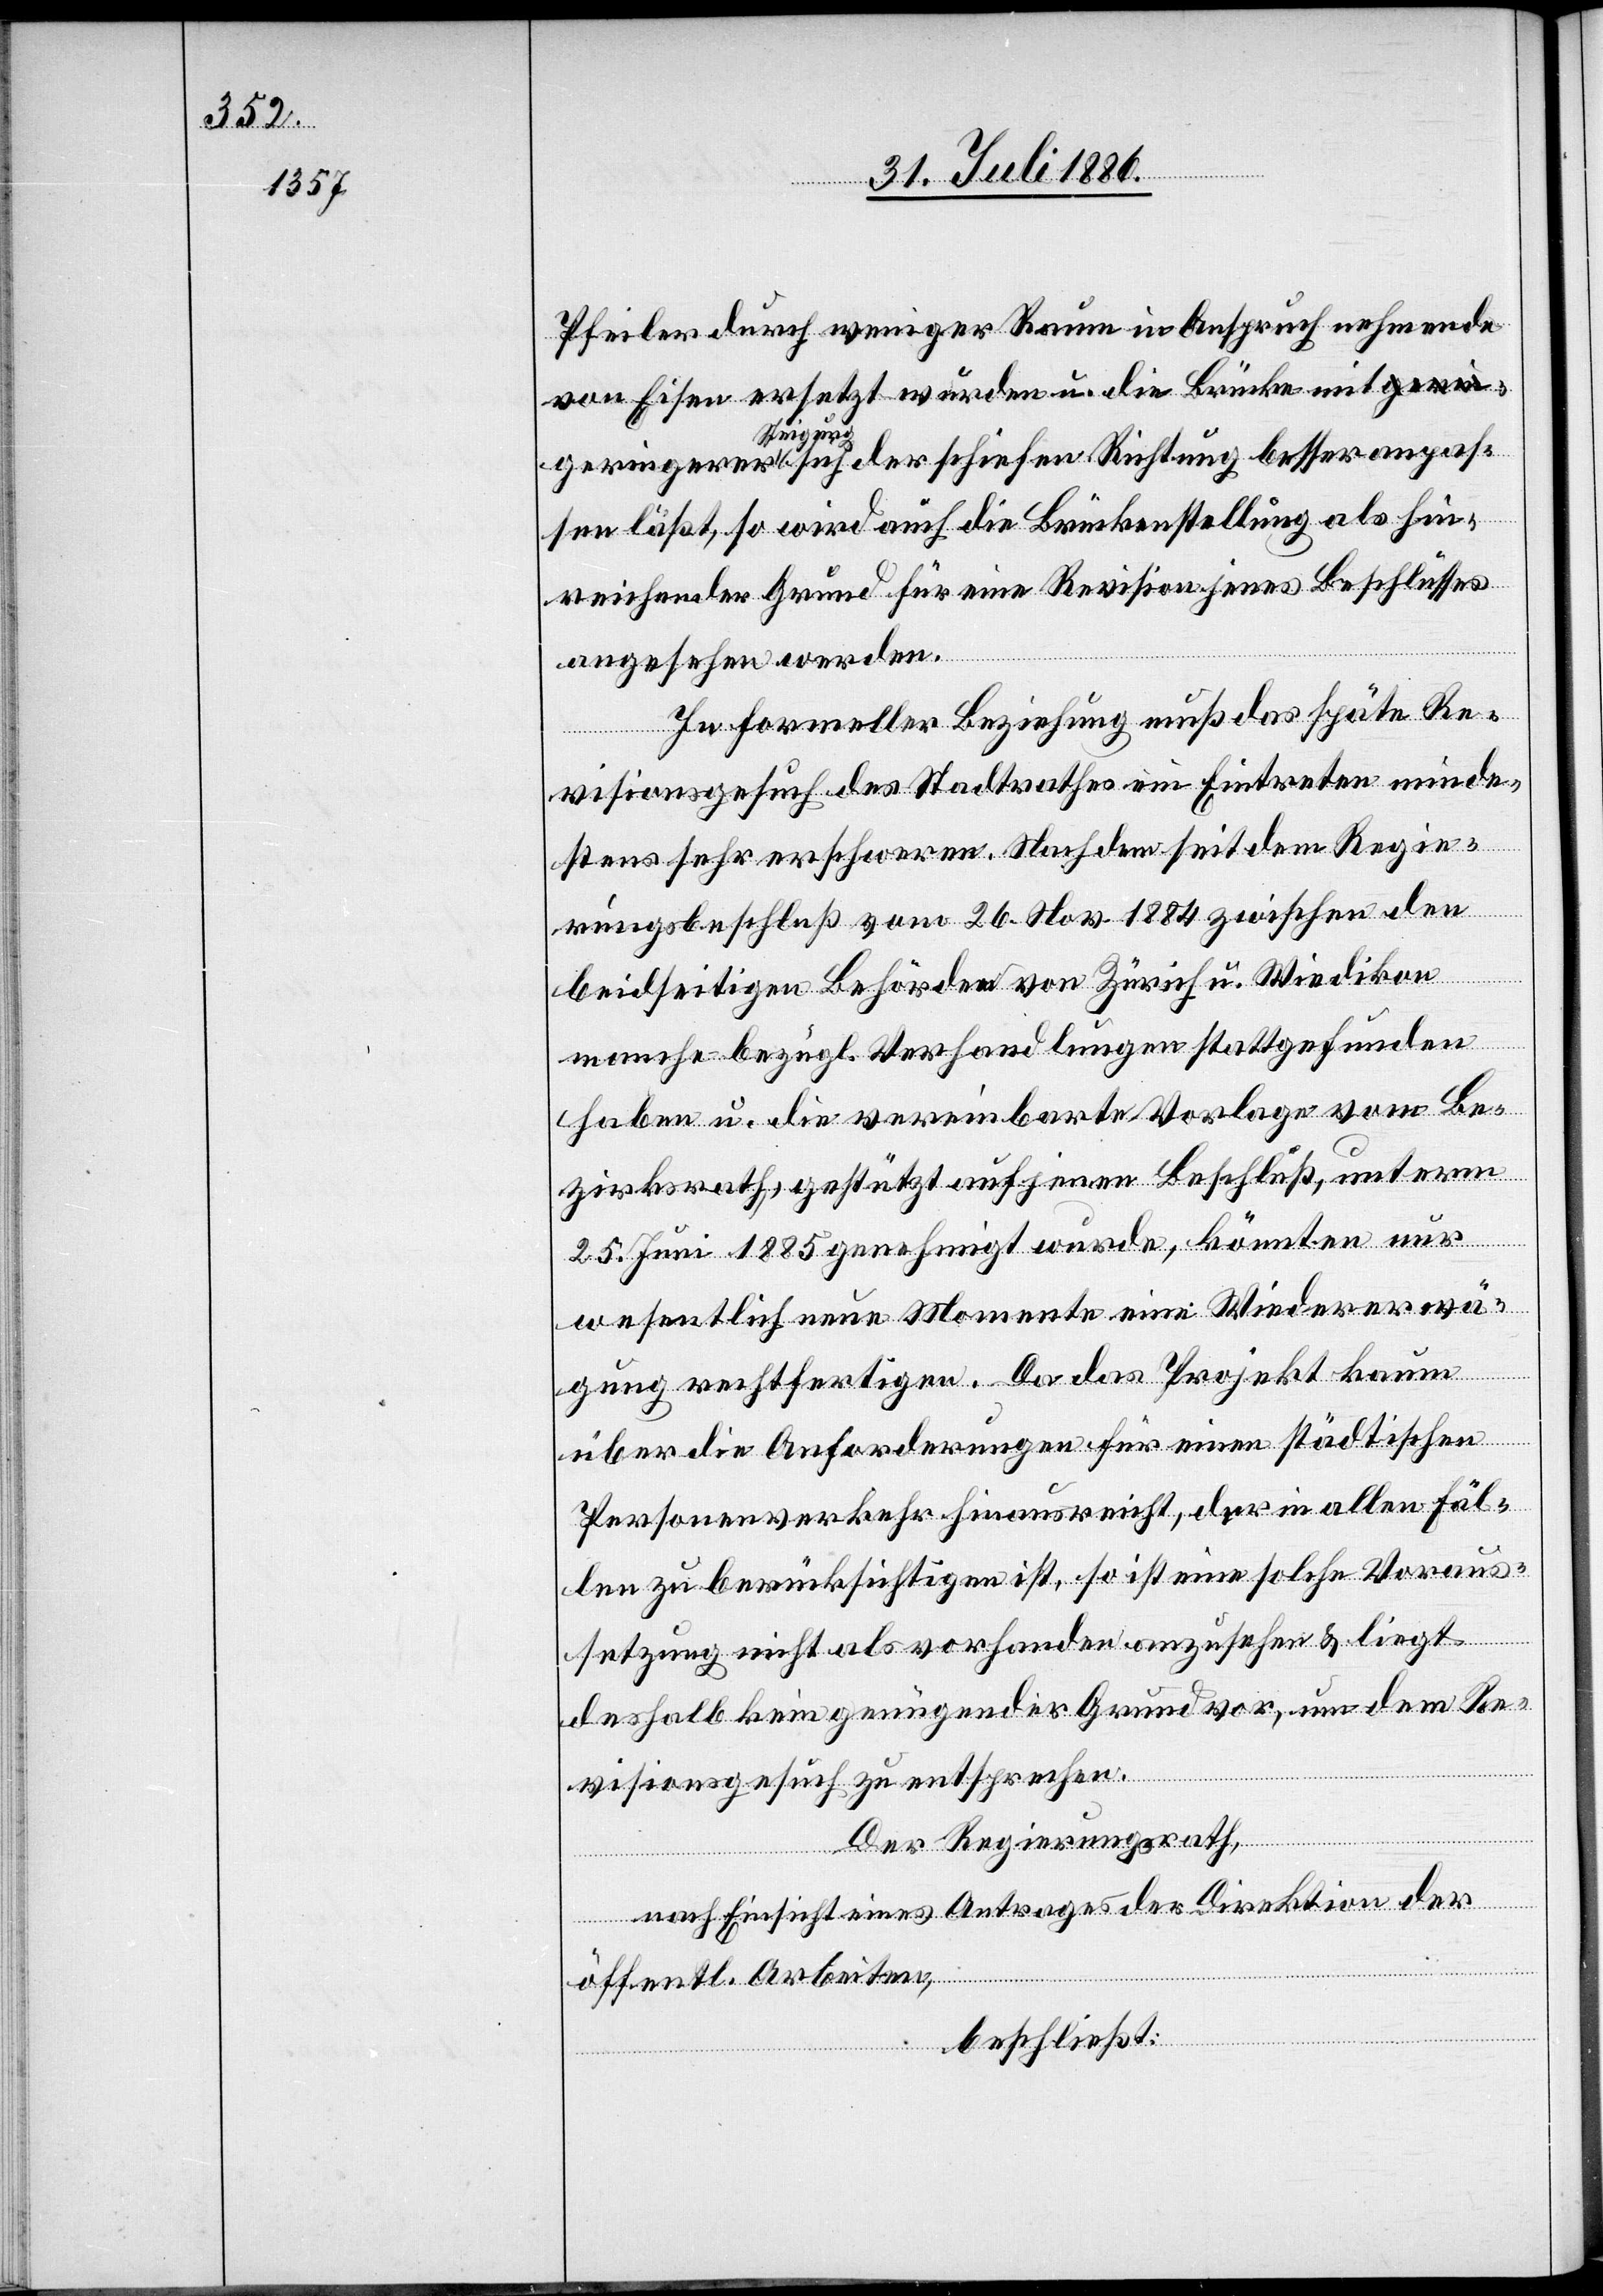
Pfeiler durch weniger Raum in Anspruch nehmende
von Eisen ersetzt würden u. die Brücke mit ger¬
Richtung
sen läßt, so wird auch die Brückenstellung als hin¬
reichender Grund für eine Revision jenes Beschlusses
angesehen werden.
In formeller Beziehung muß das späte Re¬
visionsgesuch des Stadtrathes ein Eintreten minde¬
stens sehr erschweren. Nachdem seit dem Regie¬
besser anpas¬
rungsbeschluß vom 26. Nov. 1884 zwischen den
beidseitigen Behörden von Zürich u. Wiedikon
manche bezügl. Verhandlungen stattgefunden
haben u. die vereinbarte Vorlage vom Be¬
zirksrath, gestützt auf jenen Beschluß, unterm
25. Juni 1885 genehmigt wurde, könnten nur
wesentlich neue Momente eine Wiedererwä¬
gung rechtfertigen. Da das Projekt kaum
über die Anforderungen für einen städtischen
Personenverkehr hinausreicht, der in allen Fäl¬
len zu berücksichtigen ist, so ist eine solche Voraus¬
setzung nicht als vorhanden anzusehen & liegt
deshalb kein genügender Grund vor, um dem Re¬
visionsgesuch zu entsprechen.
Der Regierungsrath,
nach Einsicht eines Antrages der Direktion der
öffentl. Arbeiten,
beschließt: